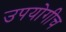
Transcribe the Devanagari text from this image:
उपयोगीच